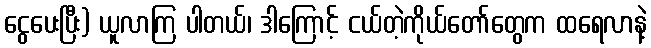
ငွေပေးပြီး) ယူလာကြ ပါတယ်၊ ဒါကြောင့် ငယ်တဲ့ကိုယ်တော်တွေက ထရေလာနဲ့